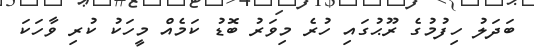
ބަދަލު ހިފުމުގެ ރޫޙުގައި ހުރެ މިވަރު ބޮޑު ކަމެއް މީހަކު ކުރި ވާހަކަ